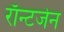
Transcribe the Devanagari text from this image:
राँन्टजेन